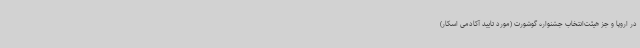
در اروپا و جز هیئت‌انتخاب جشنواره گوشورت (مورد تایید آکادمی اسکار)